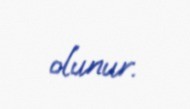
olunur.